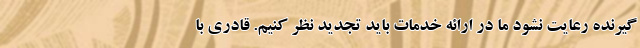
گیرنده رعایت نشود ما در ارائه خدمات باید تجدید نظر کنیم. قادری با